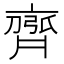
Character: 𮮻